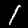
Digit: 1